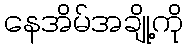
နေအိမ်အချို့ကို